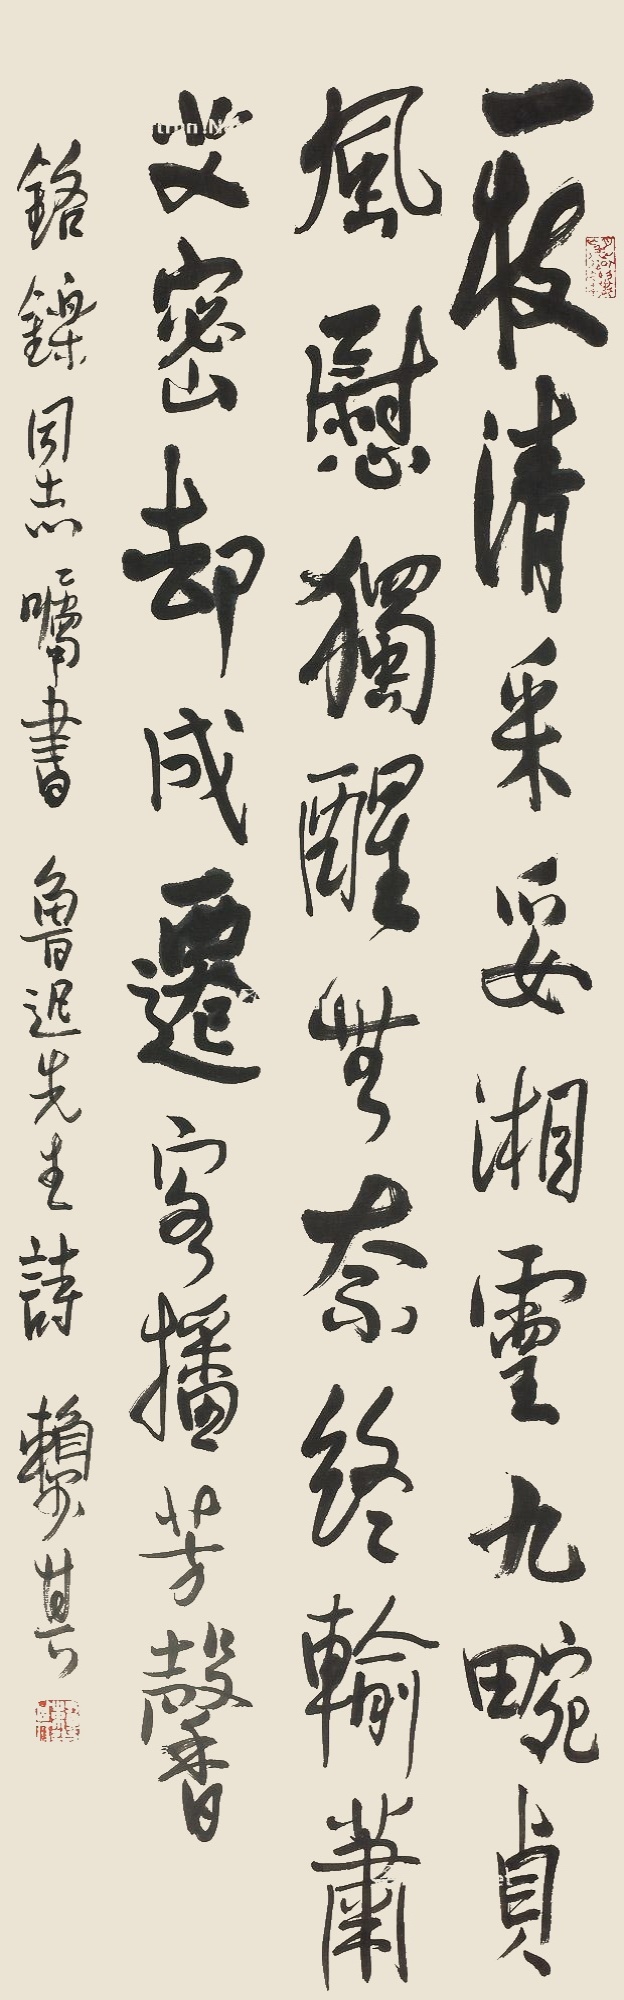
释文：一支清采妥湘灵，九畹贞风慰独醒。无奈终输萧艾密，却成迁客播芳馨。铬铄同志属书鲁迅先生诗，赖少其。